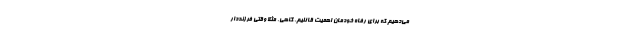
می‌دهیم که برای رفاه خودمان اهمیت قائلیم. گاهی، مثلاً وقتی فرزنددار